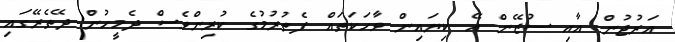
އަރުޖުން އާއި ސުޒޭން އޭ ކިޔައިން ވާހަކަތައް ފެތުރުމުގެ ކުރިންވެސް ދެމީހުން ދޭތެރޭގައި